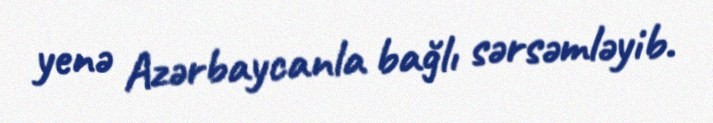
yenə Azərbaycanla bağlı sərsəmləyib.